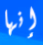
إنها